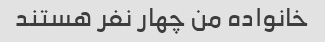
خانواده من چهار نفر هستند